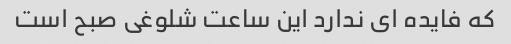
که فایده ای ندارد این ساعت شلوغی صبح است